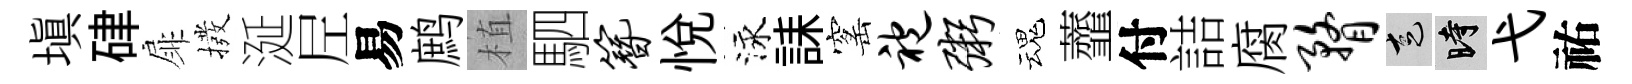
塡硉扉撥涎𡰱易鹧植駟簪悦泳誄窰袍粥魂虀付詰腐瞀走时弋祐